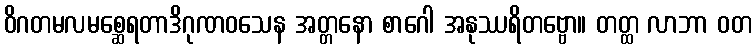
ဝိဂတမလမစ္ဆေရတာဒိဂုဏဝသေန အတ္တနော စာဂေါ အနုဿရိတဗ္ဗော။ တတ္ထ လာဘာ ဝတ